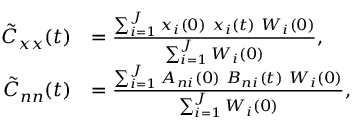
\begin{array} { r l } { \tilde { C } _ { x x } ( t ) } & { = \frac { \sum _ { i = 1 } ^ { J } x _ { i } ( 0 ) \ x _ { i } ( t ) \ W _ { i } ( 0 ) } { \sum _ { i = 1 } ^ { J } W _ { i } ( 0 ) } \mathrm { , } } \\ { \tilde { C } _ { n n } ( t ) } & { = \frac { \sum _ { i = 1 } ^ { J } A _ { n i } ( 0 ) \ B _ { n i } ( t ) \ W _ { i } ( 0 ) } { \sum _ { i = 1 } ^ { J } W _ { i } ( 0 ) } \mathrm { , } } \end{array}